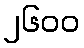
၂၆၀၀